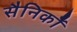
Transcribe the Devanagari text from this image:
सैनिकोँ